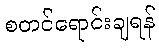
စတင်ရောင်းချရန်